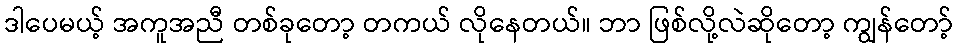
ဒါပေမယ့် အကူအညီ တစ်ခုတော့ တကယ် လိုနေတယ်။ ဘာ ဖြစ်လို့လဲဆိုတော့ ကျွန်တော့်